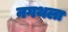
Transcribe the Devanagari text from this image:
नगथला